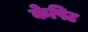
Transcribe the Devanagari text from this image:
केपिट